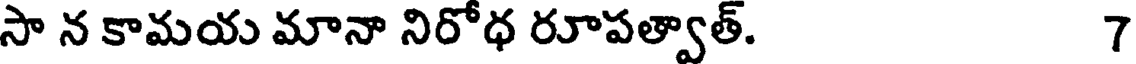
సా న కామయ మానా నిరోధ రూపత్వాత్. 7